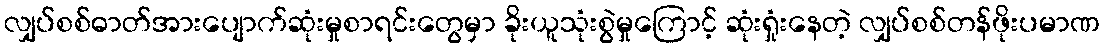
လျှပ်စစ်ဓာတ်အားပျောက်ဆုံးမှုစာရင်းတွေမှာ ခိုးယူသုံးစွဲမှုကြောင့် ဆုံးရှုံးနေတဲ့ လျှပ်စစ်တန်ဖိုးပမာဏ